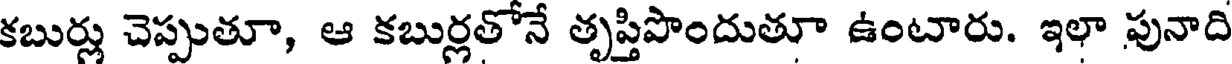
కబుర్లు చెప్పుతూ, ఆ కబుర్లతోనే తృప్తిపొందుతూ ఉంటారు. ఇలా పునాది